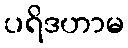
ပရိဒဟာမ